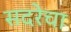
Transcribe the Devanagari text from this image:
सदरेचा